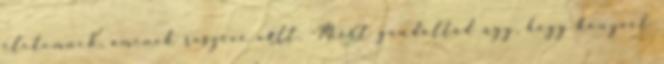
életemnek, aminek részévé vált. -Miért gondoltad úgy, hogy könyvet